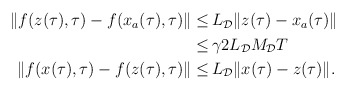
\begin{align*}\begin{aligned}\|f(z(\tau),\tau)-f(x_a(\tau),\tau)\| \le&\, L_\mathcal{D}\|z(\tau)-x_a(\tau)\| \\\le &\,\gamma 2 L_\mathcal{D} M_\mathcal{D} T\\\|f(x(\tau),\tau)-f(z(\tau),\tau)\| \le&\, L_\mathcal{D}\|x(\tau)-z(\tau)\|.\end{aligned}\end{align*}